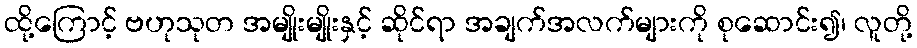
ထို့ကြောင့် ဗဟုသုတ အမျိုးမျိုးနှင့် ဆိုင်ရာ အချက်အလက်များကို စုဆောင်း၍၊ လူတို့